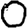
Digit: 0